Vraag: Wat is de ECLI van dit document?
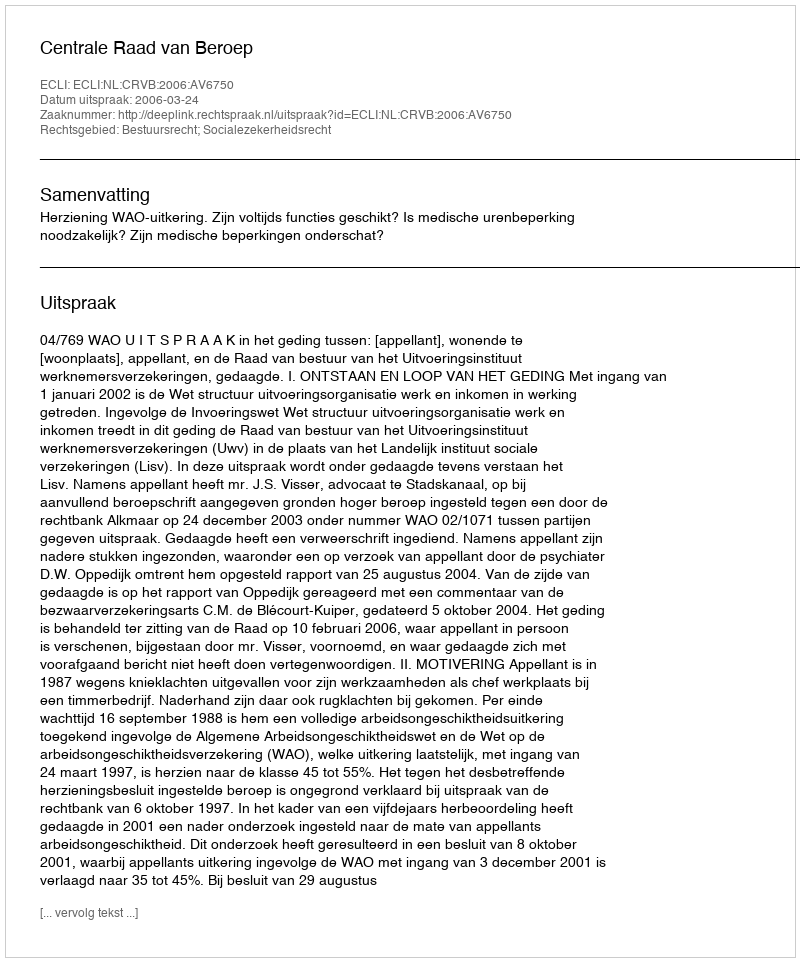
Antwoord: ECLI:NL:CRVB:2006:AV6750